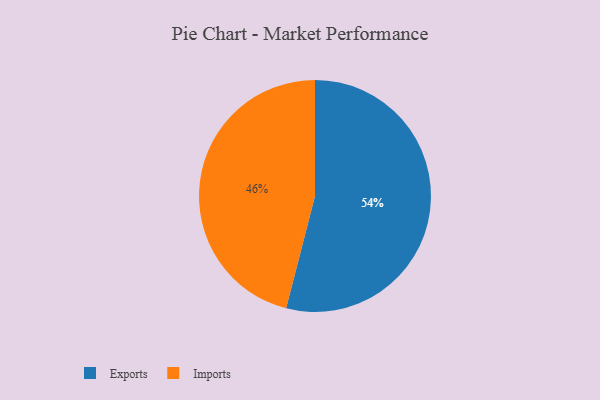
{"axis": {"x": "Category", "y": "Percentage"}, "legend": ["Exports", "Imports"], "data": [{"x": "Imports", "y": 46, "type": "Imports"}, {"x": "Exports", "y": 54, "type": "Exports"}]}